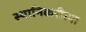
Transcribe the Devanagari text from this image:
स्थानिकरीत्या